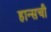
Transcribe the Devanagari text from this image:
हान्सची